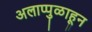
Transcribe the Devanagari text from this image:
अलाप्पुळाहून